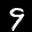
Label: 9